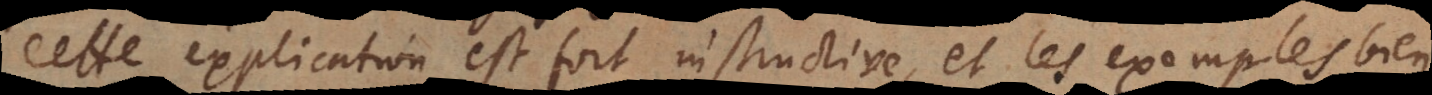
Cette explication est fort instructive, et les exemples bien